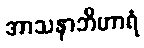
အာသနာဘိဟာရံ